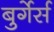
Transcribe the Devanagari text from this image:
बुर्गेर्स